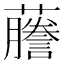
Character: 𬟙